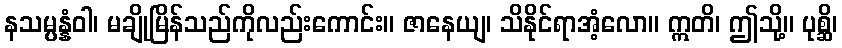
နသမ္ပန္နံဝါ၊ မချိုမြိန်သည်ကိုလည်းကောင်း။ ဇာနေယျ၊ သိနိုင်ရာအံ့လော။ ဣတိ၊ ဤသို့။ ပုစ္ဆိ၊